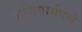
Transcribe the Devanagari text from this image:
अनिवार्यपणे